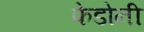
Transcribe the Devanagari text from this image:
फेडोनी